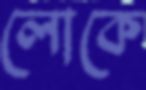
লোকে